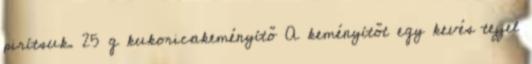
pirítsuk. 25 g kukoricakeményítő A keményítőt egy kevés tejjel